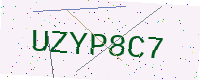
Text: UZYP8C7